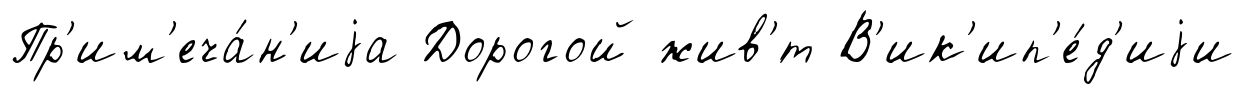
Пр'им'еча́н'иjа Дорогой жив'́т В'ик'ип'е́д'иjи